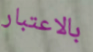
بالاعتبار